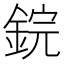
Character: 鋎